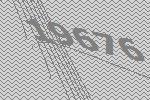
19676